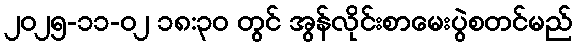
၂၀၂၅-၁၁-၀၂ ၁၈:၃၀ တွင် အွန်လိုင်းစာမေးပွဲစတင်မည်